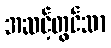
အဆင့်တွင်သာ